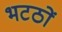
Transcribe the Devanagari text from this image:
भटठों